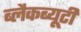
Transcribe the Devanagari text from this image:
ब्लैकब्यूटी